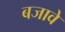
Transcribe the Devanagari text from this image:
बजावे